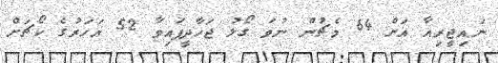
ނައިޖީރިއާ އަށް 64 މެޗުން ނުވަ ގޯލު ޖަހާދީފައިވާ 52 އަހަރުގެ ކޯޗަށް